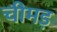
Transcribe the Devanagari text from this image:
चीमड़